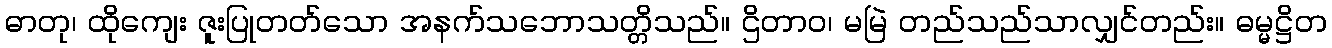
ဓာတု၊ ထိုကျေး ဇူးပြုတတ်သော အနက်သဘောသတ္တိသည်။ ဌိတာဝ၊ မမြဲ တည်သည်သာလျှင်တည်း။ ဓမ္မဋ္ဌိတ